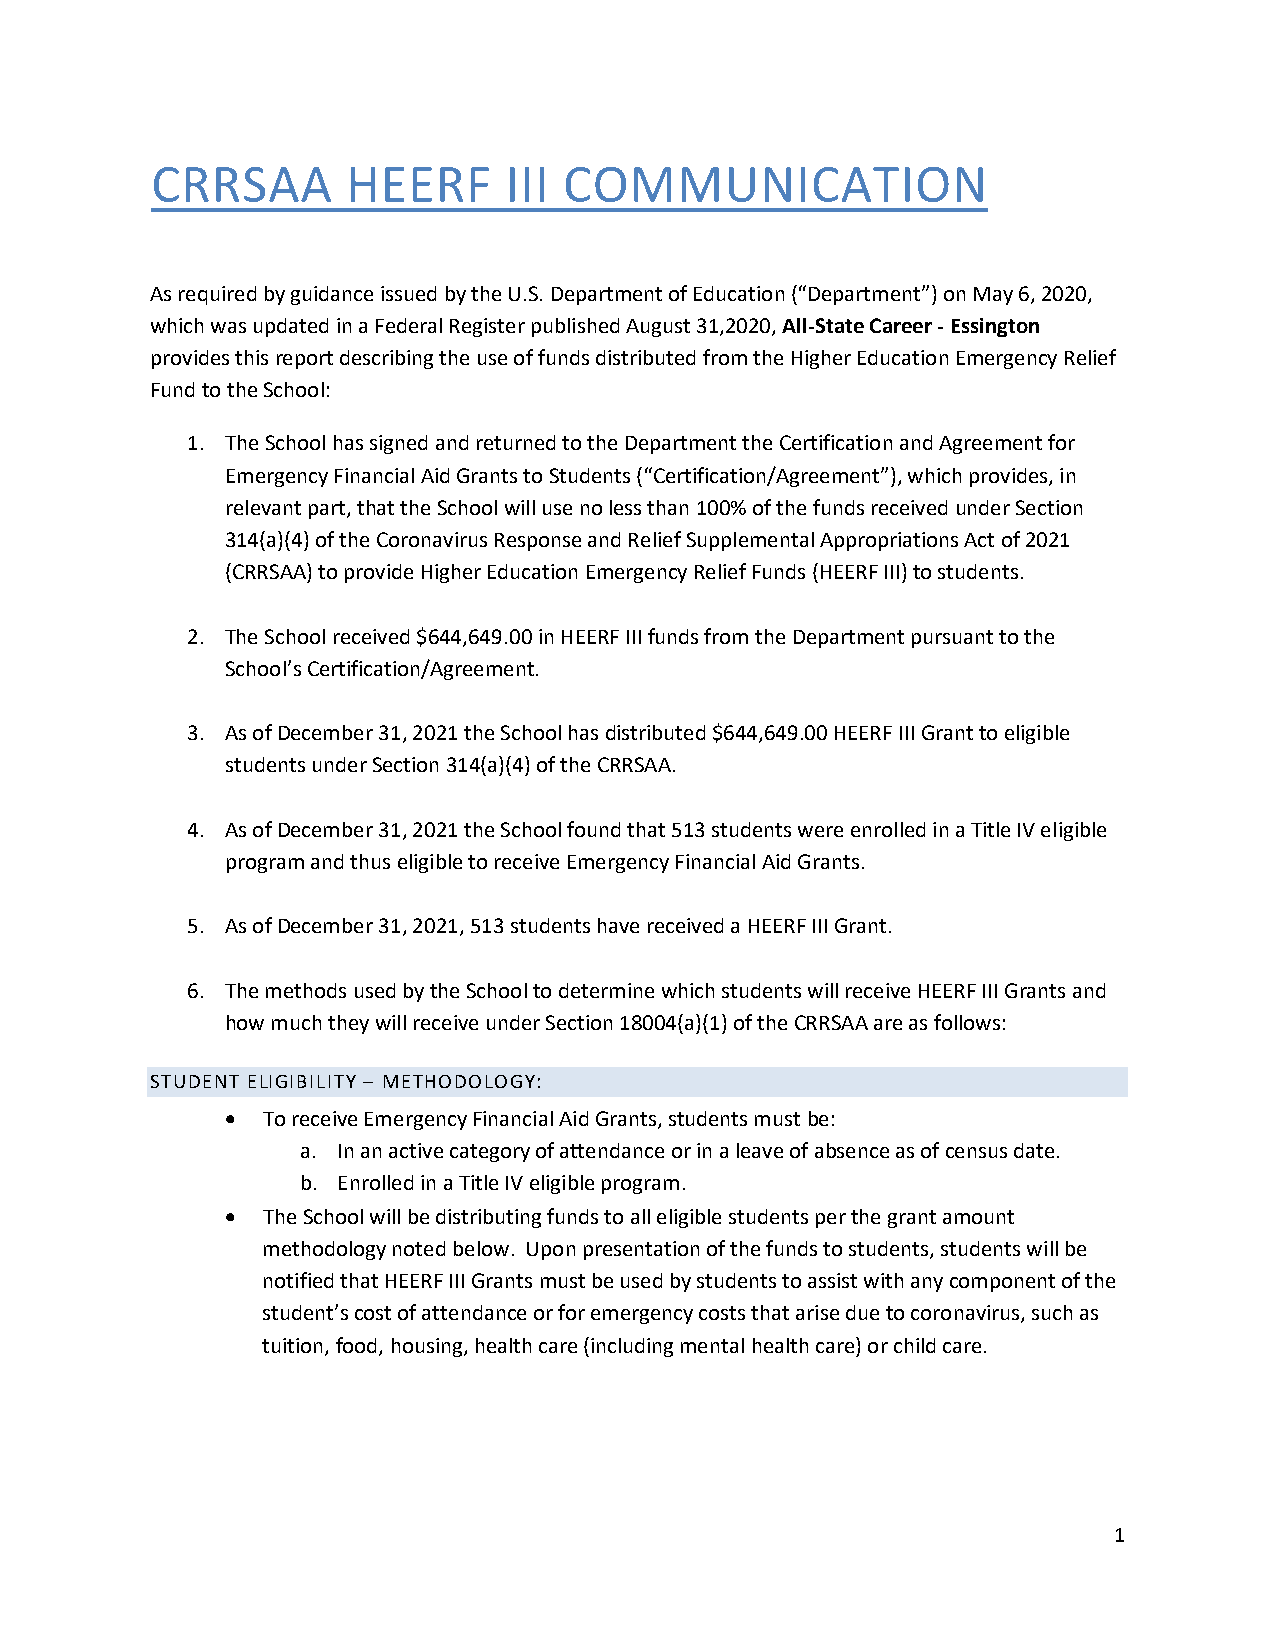
CRRSAA       HEERF     III COMMUNICATION
 As required by guidance issued by the U.S. Department of Education (“Department”) on May 6, 2020,
 which was updated in a Federal Register published August 31,2020, All-State Career - Essington
 provides this report describing the use of funds distributed from the Higher Education Emergency Relief
 Fund to the School:
 1. The School has signed and returned to the Department the Certification and Agreement for
 Emergency Financial Aid Grants to Students (“Certification/Agreement”), which provides, in
 relevant part, that the School will use no less than 100% of the funds received under Section
 314(a)(4) of the Coronavirus Response and Relief Supplemental Appropriations Act of 2021
 (CRRSAA) to provide Higher Education Emergency Relief Funds (HEERF III) to students.
 2. The School received $644,649.00 in HEERF III funds from the Department pursuant to the
 School’s Certification/Agreement.
 3. As of December 31, 2021 the School has distributed $644,649.00 HEERF III Grant to eligible
 students under Section 314(a)(4) of the CRRSAA.
 4. As of December 31, 2021 the School found that 513 students were enrolled in a Title IV eligible
 program and thus eligible to receive Emergency Financial Aid Grants.
 5. As of December 31, 2021, 513 students have received a HEERF III Grant.
 6. The methods used by the School to determine which students will receive HEERF III Grants and
 how much they will receive under Section 18004(a)(1) of the CRRSAA are as follows:
 STUDENT ELIGIBILITY – METHODOLOGY:
 • To receive Emergency Financial Aid Grants, students must be:
 a. In an active category of attendance or in a leave of absence as of census date.
 b. Enrolled in a Title IV eligible program.
 • The School will be distributing funds to all eligible students per the grant amount
 methodology noted below. Upon presentation of the funds to students, students will be
 notified that HEERF III Grants must be used by students to assist with any component of the
 student’s cost of attendance or for emergency costs that arise due to coronavirus, such as
 tuition, food, housing, health care (including mental health care) or child care.
 1